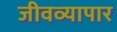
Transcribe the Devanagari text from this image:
जीवव्यापार